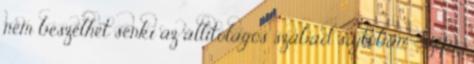
nem beszélhet senki az állítólagos szabad sajtóban. Szép :